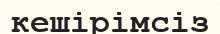
кешірімсіз